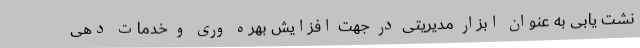
نشت یابی به عنوان ابزار مدیریتی در جهت افزایش بهره وری و خدمات دهی